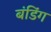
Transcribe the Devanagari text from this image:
बंडिंग